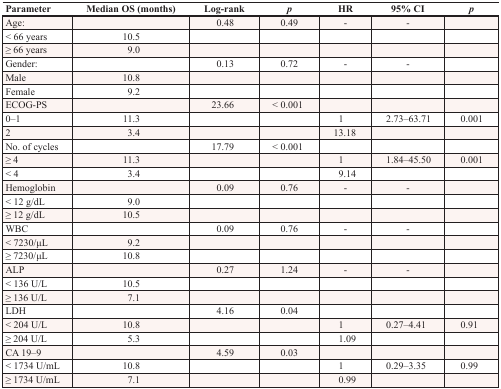
<table><thead><tr><td><b>Parameter</b></td><td><b>Median OS (months)</b></td><td><b>Log-rank</b></td><td><b><i>p</i></b></td><td><b>HR</b></td><td><b>95% CI</b></td><td><b><i>p</i></b></td></tr></thead><tbody><tr><td>Age:</td><td></td><td>0.48</td><td>0.49</td><td>-</td><td>-</td><td></td></tr><tr><td>&lt; 66 years</td><td>10.5</td><td></td><td></td><td></td><td></td><td></td></tr><tr><td>≥ 66 years</td><td>9.0</td><td></td><td></td><td></td><td></td><td></td></tr><tr><td>Gender:</td><td></td><td>0.13</td><td>0.72</td><td>-</td><td>-</td><td></td></tr><tr><td>Male</td><td>10.8</td><td></td><td></td><td></td><td></td><td></td></tr><tr><td>Female</td><td>9.2</td><td></td><td></td><td></td><td></td><td></td></tr><tr><td>ECOG-PS</td><td></td><td>23.66</td><td>&lt; 0.001</td><td></td><td></td><td></td></tr><tr><td>0–1</td><td>11.3</td><td></td><td></td><td>1</td><td>2.73–63.71</td><td>0.001</td></tr><tr><td>2</td><td>3.4</td><td></td><td></td><td>13.18</td><td></td><td></td></tr><tr><td>No. of cycles</td><td></td><td>17.79</td><td>&lt; 0.001</td><td></td><td></td><td></td></tr><tr><td>≥ 4</td><td>11.3</td><td></td><td></td><td>1</td><td>1.84–45.50</td><td>0.001</td></tr><tr><td>&lt; 4</td><td>3.4</td><td></td><td></td><td>9.14</td><td></td><td></td></tr><tr><td>Hemoglobin</td><td></td><td>0.09</td><td>0.76</td><td>-</td><td>-</td><td></td></tr><tr><td>&lt; 12 g/dL</td><td>9.0</td><td></td><td></td><td></td><td></td><td></td></tr><tr><td>≥ 12 g/dL</td><td>10.5</td><td></td><td></td><td></td><td></td><td></td></tr><tr><td>WBC</td><td></td><td>0.09</td><td>0.76</td><td>-</td><td>-</td><td></td></tr><tr><td>&lt; 7230/μL</td><td>9.2</td><td></td><td></td><td></td><td></td><td></td></tr><tr><td>≥ 7230/μL</td><td>10.8</td><td></td><td></td><td></td><td></td><td></td></tr><tr><td>ALP</td><td></td><td>0.27</td><td>1.24</td><td>-</td><td>-</td><td></td></tr><tr><td>&lt; 136 U/L</td><td>10.5</td><td></td><td></td><td></td><td></td><td></td></tr><tr><td>≥ 136 U/L</td><td>7.1</td><td></td><td></td><td></td><td></td><td></td></tr><tr><td>LDH</td><td></td><td>4.16</td><td>0.04</td><td></td><td></td><td></td></tr><tr><td>&lt; 204 U/L</td><td>10.8</td><td></td><td></td><td>1</td><td>0.27–4.41</td><td>0.91</td></tr><tr><td>≥ 204 U/L</td><td>5.3</td><td></td><td></td><td>1.09</td><td></td><td></td></tr><tr><td>CA 19–9</td><td></td><td>4.59</td><td>0.03</td><td></td><td></td><td></td></tr><tr><td>&lt; 1734 U/mL</td><td>10.8</td><td></td><td></td><td>1</td><td>0.29–3.35</td><td>0.99</td></tr><tr><td>≥ 1734 U/mL</td><td>7.1</td><td></td><td></td><td>0.99</td><td></td><td></td></tr></tbody></table>